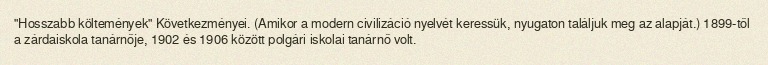
"Hosszabb költemények" Következményei. (Amikor a modern civilizáció nyelvét keressük, nyugaton találjuk meg az alapját.) 1899-től a zárdaiskola tanárnője, 1902 és 1906 között polgári iskolai tanárnő volt.